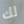
لك